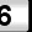
Digit: 6